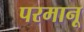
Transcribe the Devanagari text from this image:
परमानू